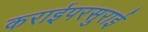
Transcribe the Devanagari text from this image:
कराईपरसुराई